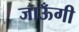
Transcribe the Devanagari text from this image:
जाऊँगी